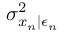
\sigma _ { x _ { n } | \epsilon _ { n } } ^ { 2 }